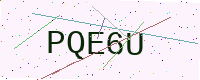
Text: PQE6U